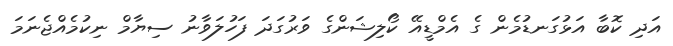
އަދި ކޮބާ އަޅުގަނޑުމެން ގެ އެމްޑީއޭ ކޯލިޝަންގެ ވަރުގަދަ ފަހުލަވާނު ސިޔާމް ނިކުމެއްޖެނަމަ